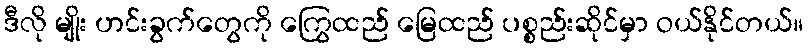
ဒီလို မျိုး ဟင်းခွက်တွေကို ကြွေထည် မြေထည် ပစ္စည်းဆိုင်မှာ ဝယ်နိုင်တယ်။